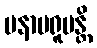
မနာပရူပန္တိ